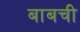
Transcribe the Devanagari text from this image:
बाबची